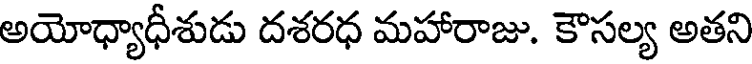
అయోధ్యాధీశుడు దశరధ మహారాజు. కౌసల్య అతని